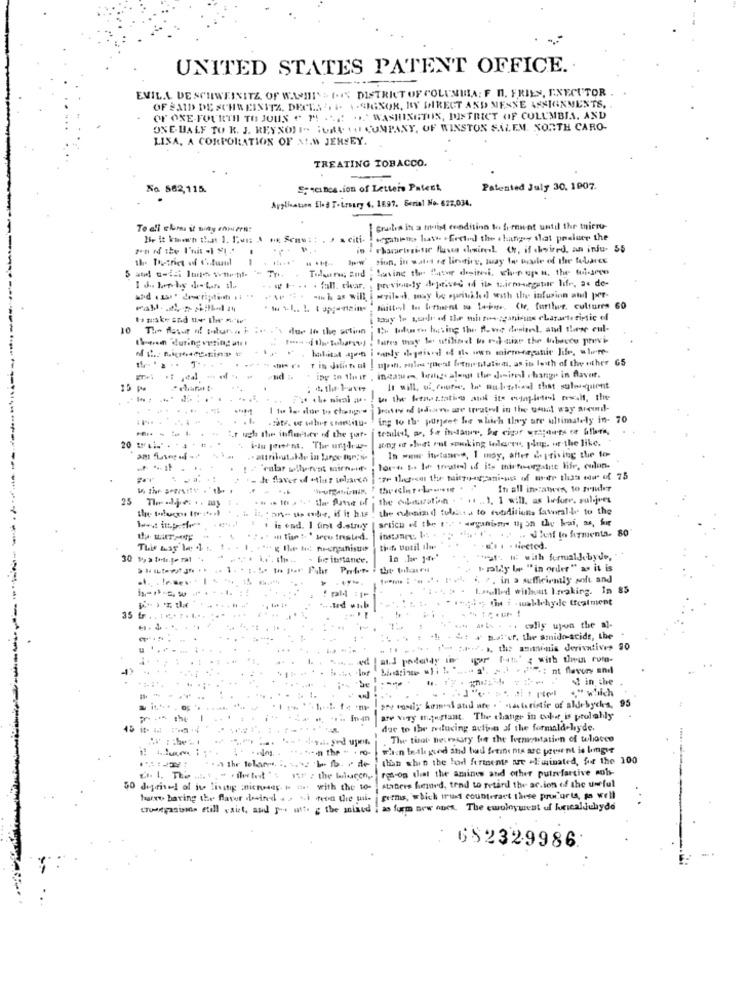
UNITED STATES PATENT OFFICE ..
EVIL.L. DE SCHWEINITZ OF WWII ( DISTRICT OF COLUNMIA: F n. FRIES, EXECUTOR .
OF SAID DE SCHA EINITA. DECES .. .. .- SIGNOR, RY DIRECT AND MENNE ASSIGNMENTS,
OF ONE-FOURTH TO JOUS " M "E "WASHINGTON, DISTRICT OF COLUMBIA, AND
ONE HALF TO K. J. KEYNOTE- FUAR AU COMPANY, OF WINSTON SALEM. NORTH CARO-
LISA, A CORPORATION OF A!W JERSEY.
TREATING TOBACCO.
No 562,115.
Specince.ion of Letters Patent
Patented July 30. 1007.
Application Sled Totroury 4, 1697. Serial No. 627,034.
[ grules in a troligt condition to fimow-ot until the tnicru-
segahelps hat" .frcted the . hangy shat preluer the
Pharrisginge flusso demirel (, if chwired, an inju- 55
--
. ...**
siun, in watt eg lindire, muay to made of the tobarce
Saving the tour desitesi chipage a. the mismo
previously deprived id ils tirmorgatur life, as de-
. . .... . fall. char.
-in h as will
wziles, may be sprinkled with the infusion and per-
Mittel to lorient su Lo-jne. (le, further, cultures 60
taay to ssade af Iler mirtos-spaniens characteristic of
10 The flavor of molun. 1 ;.
due to the setinn
the tolomeo hating the flowe desisel, and these cul-
then during vusing an!
* ipg in their , ingame, beige along the doitel change in flavor.
25 pe
It will, of course, bo mul. teliadl that sulniquent
Fx . le nival a.
-
Wrotey dd pdown we treatel in the godt way around-
ing to the purjeet he which they are ultimately in- 70
1. ugh the influctor if the par-
song or lost out smoking toleres plus. we the like.
20 tal ...
.. attribut .. kde in lange for;s-
In www itpetaneve, I may, affer depriving the to-
... ..
born to be toute of its mistouraine life, colon-
In all in:ateen to pauler
.... thathe fone of the confirmation .... I will as before, suljet
the andmixed tohasta to evodicion foralle to the
articu ed the t" ... . dwganime th on the kai, as, Se
1 . is end. I fint d.simvy
. Jif lo hymenta. 80
30 1, a todr.je ral
- beibriande.
"haft with formaldebyde,
1. .
I. polly be "in order" as it is
4. 2. in a sufficiently soft and
1.Julled without Iwaking. In 85
! pld :1"
--
dy ti i . waldehyde treatment
35 tr
. calis upon the al-
-: + matter, the amido-acide, the
34 .. ), the antonia derivatives 90
in the
.. " which
.. In-mn are very argustant. The change in cube is probably
due to the reducing aution of the formaldehyde.
*s. 4 ... yed upet
The tint necessary for the Wormentation of wolacce
.. .. ****- the-+
(han shin the hod fortnemte are "Ifminated, fie the 100
rot-on that the amines and other putrefartive mob-
50 deprived of its living ;nicniey " a with the to-
stateis fuemed, tend to retard the action of the uwful
fare baring the favor desined . . si from the mi-
gorms, which irad counteract these premiaris, so well
consumo etill sist, and you utto the mixod
as form new ones. The ewoloywest of luricalduhyde
652329986.